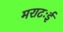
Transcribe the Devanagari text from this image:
मराटःई